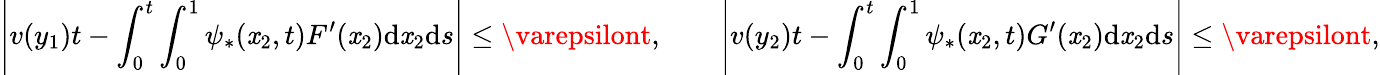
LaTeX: \left|v(y_{1})t-\int_{0}^{t}\int_{0}^{1}\psi_{*}(\mathit{x}_{2},t)F^{\prime}(\mathit{x}_{2})\mathrm{{d}}\mathit{x}_{2}\mathrm{{d}}s\right|\leq\varepsilont,\qquad\left|v(y_{2})t-\int_{0}^{t}\int_{0}^{1}\psi_{*}(\mathit{x}_{2},t)G^{\prime}(\mathit{x}_{2})\mathrm{{d}}\mathit{x}_{2}\mathrm{{d}}s\right|\leq\varepsilont,